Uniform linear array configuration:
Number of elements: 24
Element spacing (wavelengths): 0.75
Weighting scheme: blackman
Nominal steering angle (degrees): -60
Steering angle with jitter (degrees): -60.66
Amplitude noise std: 0.05
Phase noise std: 0.05

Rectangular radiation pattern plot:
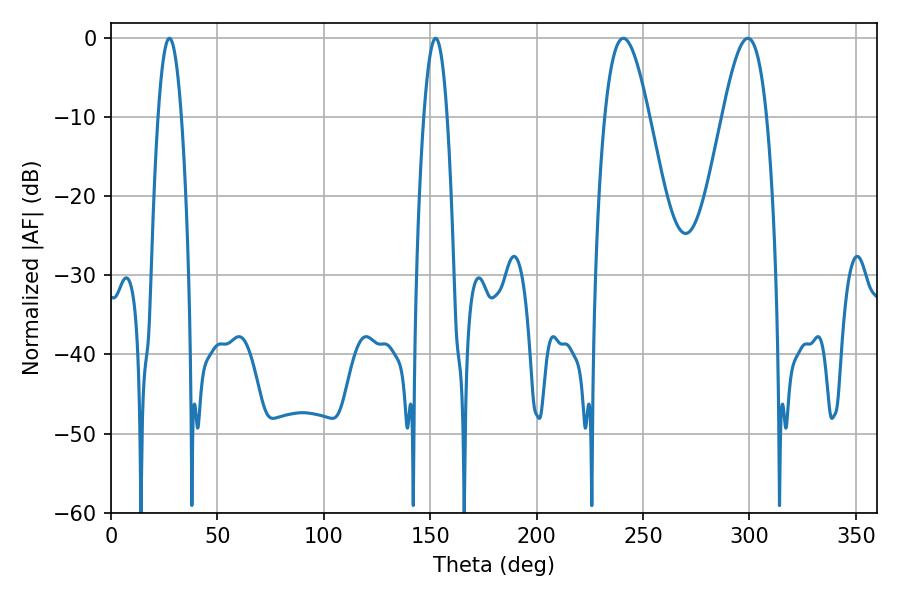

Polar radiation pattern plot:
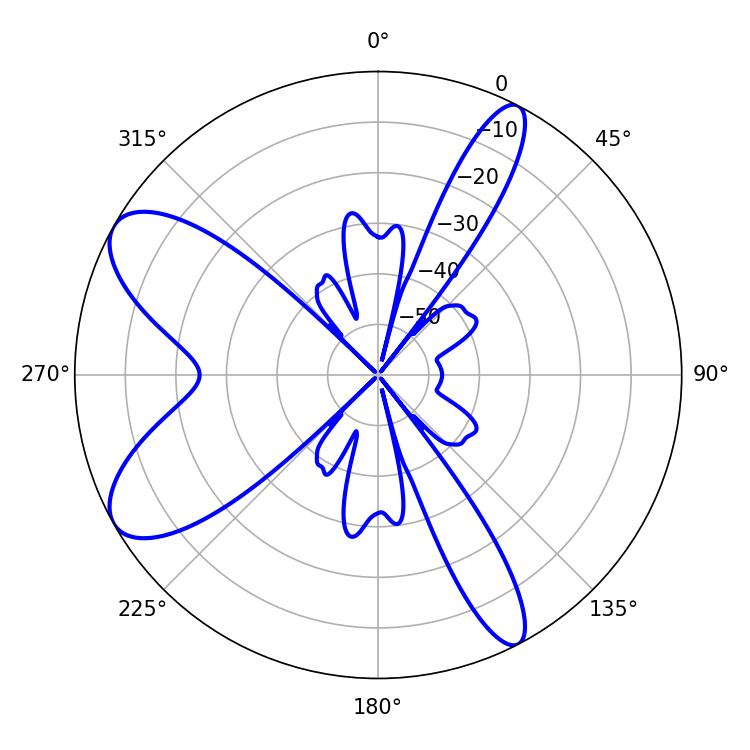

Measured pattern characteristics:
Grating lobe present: TRUE
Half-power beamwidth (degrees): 11.34
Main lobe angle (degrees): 299.34